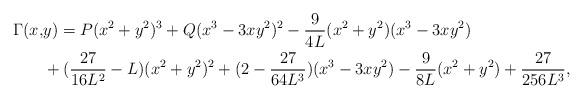
LaTeX: \begin{align*}\Gamma(x,&y)=P(x^2+y^2)^3+Q(x^3-3xy^2)^2-\frac{9}{4L}(x^2+y^2)(x^3-3xy^2)\\&+(\frac{27}{16L^2}-L)(x^2+y^2)^2+(2-\frac{27}{64L^3})(x^3-3xy^2)-\frac{9}{8L}(x^2+y^2)+\frac{27}{256L^3},\end{align*}